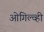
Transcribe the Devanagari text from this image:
ओगिल्व्ही